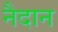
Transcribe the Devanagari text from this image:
नैदान